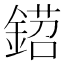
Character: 鍣